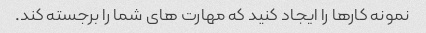
نمونه کارها را ایجاد کنید که مهارت های شما را برجسته کند.